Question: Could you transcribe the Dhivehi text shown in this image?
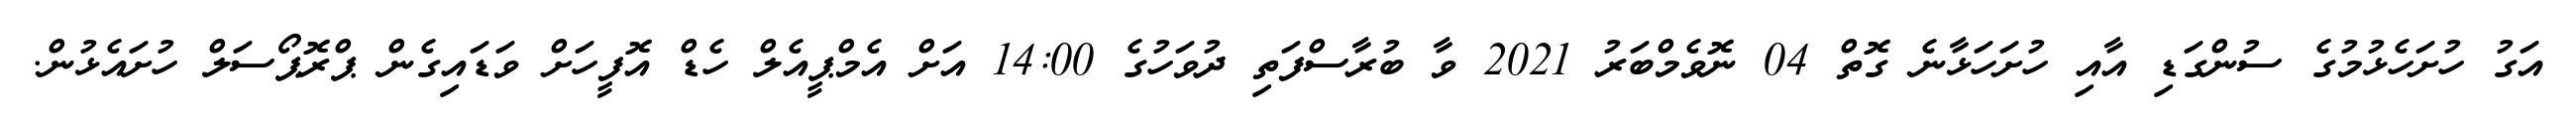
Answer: އަގު ހުށަހެޅުމުގެ ސުންގަޑި އާއި ހުށަހަޅާނެ ގޮތް 04 ނޮވެމްބަރު 2021 ވާ ބުރާސްފަތި ދުވަހުގެ 14:00 އަށް އެމްޕީއެލް ހެޑް އޮފީހަށް ވަޑައިގެން ޕްރޮޕޯސަލް ހުށައެޅުން.